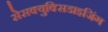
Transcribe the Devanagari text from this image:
सेसक्युक्सिडाइजिंग